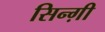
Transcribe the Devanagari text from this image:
सिन्ग़ी